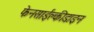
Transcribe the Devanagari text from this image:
फेनसाईक्लीडाइन